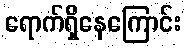
ရောက်ရှိနေကြောင်း